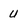
Character: u